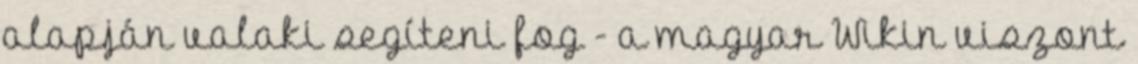
alapján valaki segíteni fog - a magyar Wikin viszont